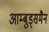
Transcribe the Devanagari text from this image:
आम्बुड्समैन